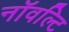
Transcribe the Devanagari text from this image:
नॉवल्टि